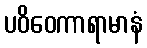
ပဝိဝေကာရာမာနံ